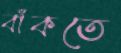
বাঁকতে